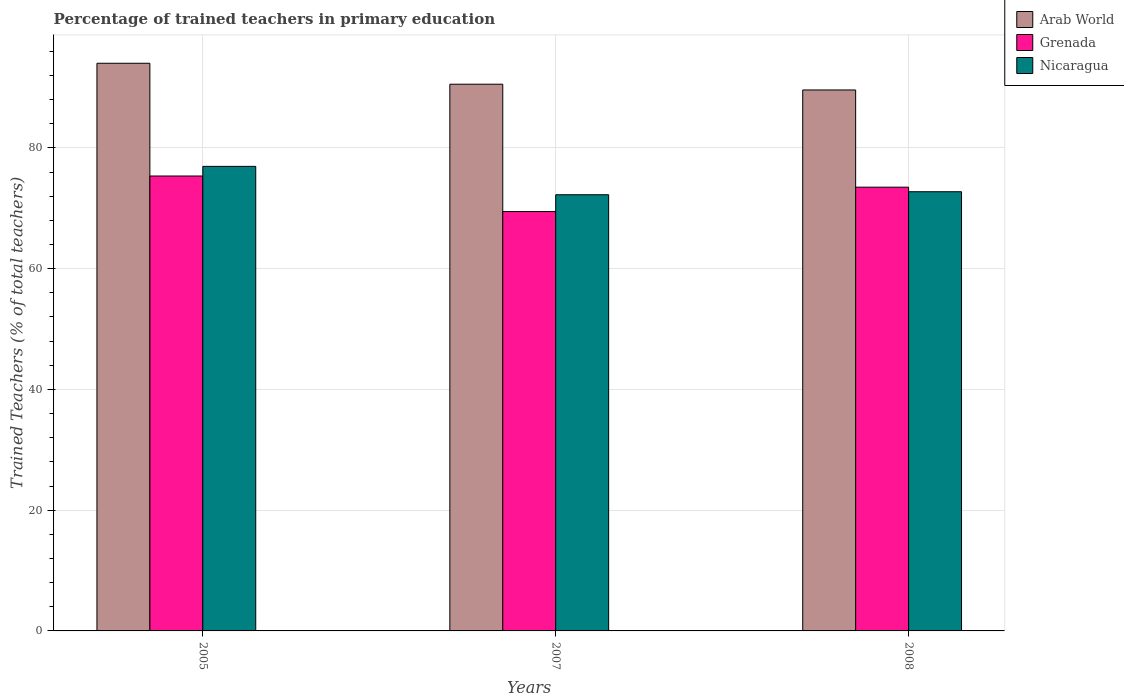
| Years | Arab World | Grenada | Nicaragua |
 | --- | --- | --- | --- |
 | 2005 | 94 | 75.3 | 76.9 |
 | 2007 | 90.6 | 69.5 | 72.2 |
 | 2008 | 89.6 | 73.5 | 72.7 |